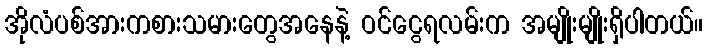
အိုလံပစ်အားကစားသမားတွေအနေနဲ့ ဝင်ငွေရလမ်းက အမျိုးမျိုးရှိပါတယ်။